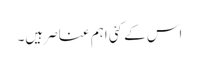
اس کے کئی اہم عناصر ہیں۔